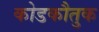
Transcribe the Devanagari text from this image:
कोडकौतुक